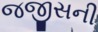
જજીસની